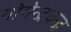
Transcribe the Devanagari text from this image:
योगेन्द्रचन्द्र